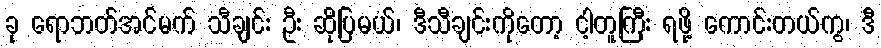
ခု ရောဘတ်အင်မက် သီချင်း ဦး ဆိုပြမယ်၊ ဒီသီချင်းကိုတော့ ငါ့တူကြီး ရဖို့ ကောင်းတယ်ကွ၊ ဒီ